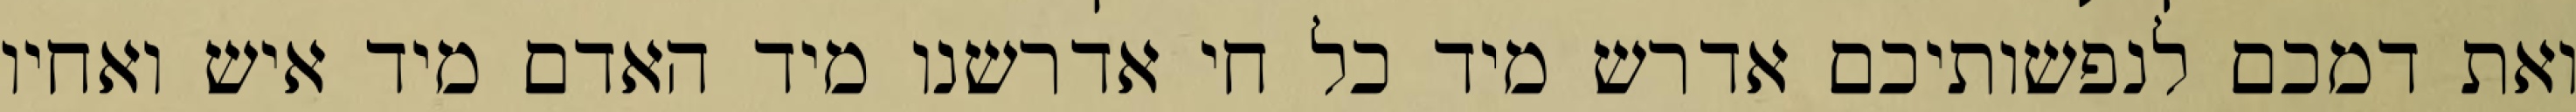
ואת דמכם לנפשותיכם אדרש מיד כל חי אדרשנו מיד האדם מיד איש ואחיו